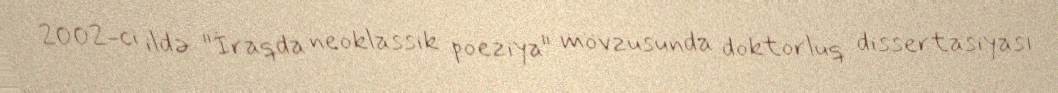
2002-ci ildə "İraqda neoklassik poeziya" mövzusunda doktorluq dissertasiyası